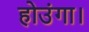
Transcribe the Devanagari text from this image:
होउंगा।